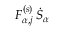
F _ { \alpha , j } ^ { ( s ) } \, \dot { S } _ { \alpha }